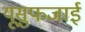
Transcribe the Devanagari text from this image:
यूसुफजाई